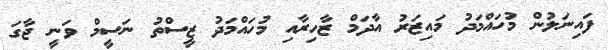
ފައިނަލުން މުހައްމަދު މައިޒަރު އާދަމް ޒާހިރާއި މުހައްމަދު ޒީސްތު ނަސީމް ވަނީ ޖާގަ